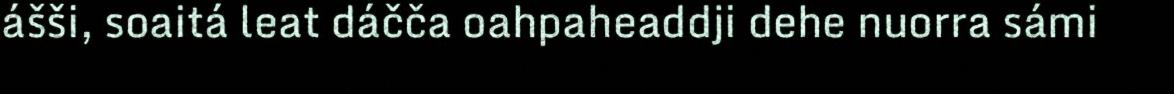
ášši, soaitá leat dáčča oahpaheaddji dehe nuorra sámi